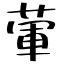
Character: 葷